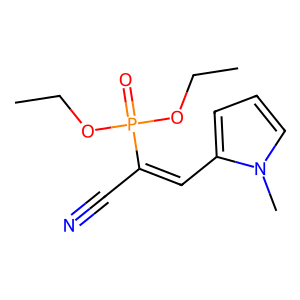
SMILES: CCOP(=O)(OCC)C(C#N)=Cc1cccn1C
Inhibits HIV replication: Yes